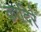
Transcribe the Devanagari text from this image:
क़ादिरे